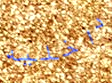
داخليه